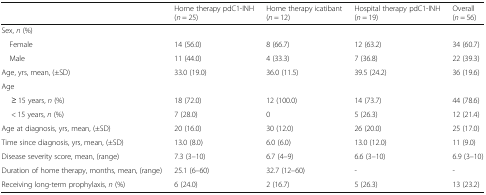
|  | Home therapy pdC1-INH(n = 25) | Home therapy icatibant(n = 12) | Hospital therapy pdC1-INH(n = 19) | Overall(n = 56) |
 | --- | --- | --- | --- | --- |
 | <COLSPAN=5> Sex, n (%) |
 | Female | 14 (56.0) | 8 (66.7) | 12 (63.2) | 34 (60.7) |
 | Male | 11 (44.0) | 4 (33.3) | 7 (36.8) | 22 (39.3) |
 | Age, yrs, mean, (±SD) | 33.0 (19.0) | 36.0 (11.5) | 39.5 (24.2) | 36 (19.6) |
 | <COLSPAN=5> Age |
 | ≥ 15 years, n (%) | 18 (72.0) | 12 (100.0) | 14 (73.7) | 44 (78.6) |
 | < 15 years, n (%) | 7 (28.0) | 0 | 5 (26.3) | 12 (21.4) |
 | Age at diagnosis, yrs, mean, (±SD) | 20 (16.0) | 30 (12.0) | 26 (20.0) | 25 (17.0) |
 | Time since diagnosis, yrs, mean, (±SD) | 13.0 (8.0) | 6.0 (6.0) | 13.0 (12.0) | 11 (9.0) |
 | Disease severity score, mean, (range) | 7.3 (3–10) | 6.7 (4–9) | 6.6 (3–10) | 6.9 (3–10) |
 | Duration of home therapy, months, mean, (range) | 25.1 (6–60) | 32.7 (12–60) | - | - |
 | Receiving long-term prophylaxis, n (%) | 6 (24.0) | 2 (16.7) | 5 (26.3) | 13 (23.2) |